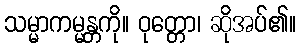
သမ္မာကမ္မန္တကို။ ဝုတ္တော၊ ဆိုအပ်၏။